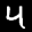
Label: 4